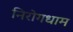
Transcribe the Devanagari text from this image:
निरोगधाम